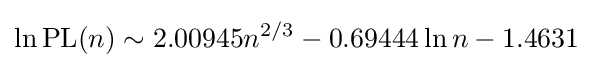
\ln \operatorname {PL} (n)\sim 2.00945n^{2/3}-0.69444\ln n-1.4631